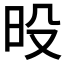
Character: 𰕶